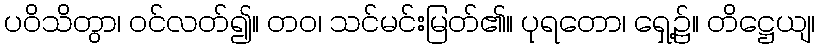
ပဝိသိတွာ၊ ဝင်လတ်၍။ တဝ၊ သင်မင်းမြတ်၏။ ပုရတော၊ ရှေ့၌။ တိဋ္ဌေယျ၊